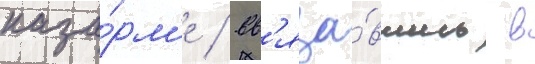
каза́рм'е / вв'яза́вшись в